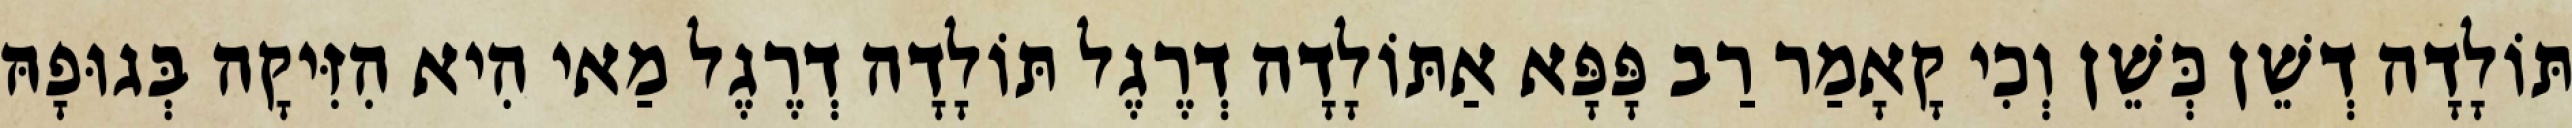
תּוֹלָדָה דְשֵׁן כְּשֵׁן וְכִי קָאָמַר רַב פָּפָּא אַתּוֹלָדָה דְרֶגֶל תּוֹלָדָה דְרֶגֶל מַאי הִיא הִזִּיקָה בְּגוּפָהּ